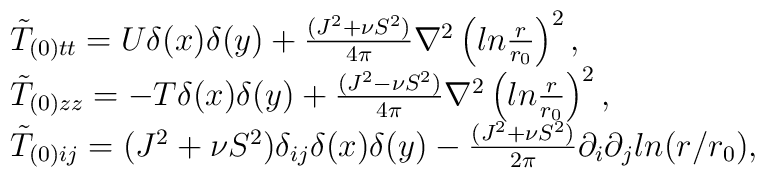
\begin{array}{ll}\tilde T_{(0) tt} = U \delta(x)\delta(y) + \frac{(J^2+ \nu S^2)}{4\pi}\nabla^2 \left(ln\frac{r}{r_0}\right)^2 ,\\\tilde T_{(0) zz} = -T \delta(x)\delta(y) + \frac{(J^2- \nu S^2)}{4\pi}\nabla^2\left(ln\frac{r}{r_0}\right)^2,\\\tilde T_{(0) ij} = (J^2 +\nu S^2) \delta_{ij}\delta(x)\delta(y)- \frac{ (J^2 + \nu S^2) }{2 \pi}\partial_i \partial_j ln(r/r_0),\end{array}